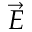
\vec { E }